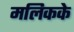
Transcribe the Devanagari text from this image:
मलिकके